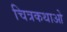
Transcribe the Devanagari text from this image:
चित्रकथाओ